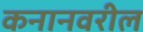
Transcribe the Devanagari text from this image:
कनानवरील